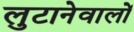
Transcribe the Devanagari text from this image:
लुटानेवालों